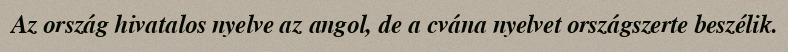
Az ország hivatalos nyelve az angol, de a cvána nyelvet országszerte beszélik.